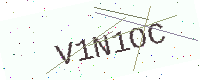
Text: V1N1OC